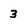
Character: 3